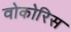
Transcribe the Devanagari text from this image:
वोकोरिस